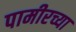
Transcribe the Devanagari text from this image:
पामीरच्या